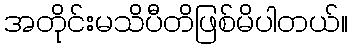
အတိုင်းမသိပီတိဖြစ်မိပါတယ်။